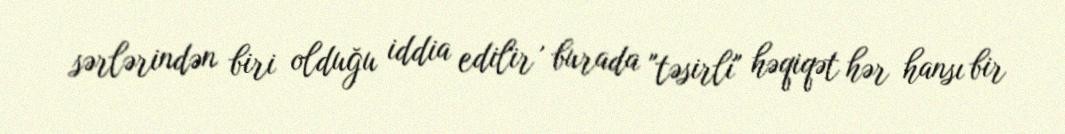
sərlərindən biri olduğu iddia edilir , burada "təsirli" həqiqət hər hansı bir